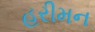
હરીમન